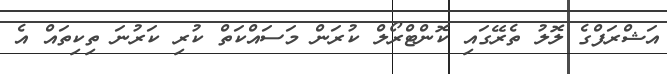
އަޝްރަފްގެ ލޮލު ތެރޭގައި ކޮންޓްރޯލް ކުރަން މަސައްކަތް ކުރި ކަރުނަ ތިކިތައް އެ